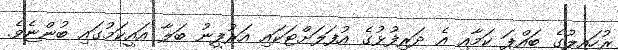
ރުހައިލުގެ ބައްޕަ ކަމާއި އެ ދަރިފުޅުގެ އުފަލަށްޓަކައި އަރުފީނު ބަލާ އައީކަމުގައި ބުންޏެވެ.